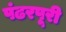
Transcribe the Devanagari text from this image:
पंढरपूरी